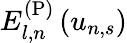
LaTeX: E_{l,n}^{\mathrm{(P)}}\left(u_{n,s}\right)